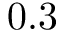
0 . 3